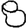
Digit: 8